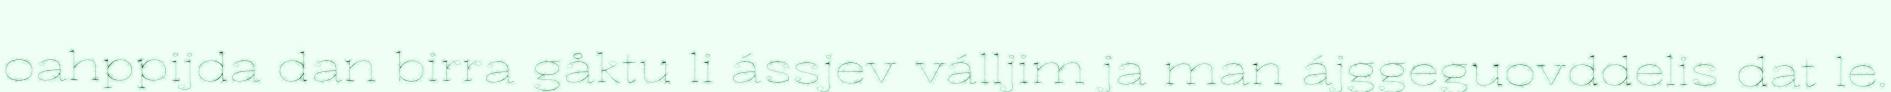
oahppijda dan birra gåktu li ássjev válljim ja man ájggeguovddelis dat le.